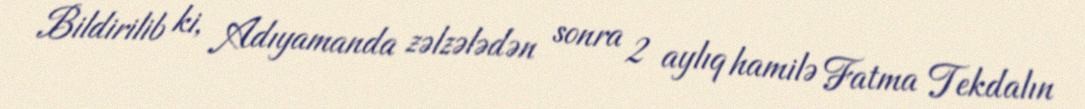
Bildirilib ki, Adıyamanda zəlzələdən sonra 2 aylıq hamilə Fatma Tekdalın